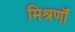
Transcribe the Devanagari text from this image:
मिश्रणॉं